Report by Surgeon-Captain Childe, I.M.S. - Part II
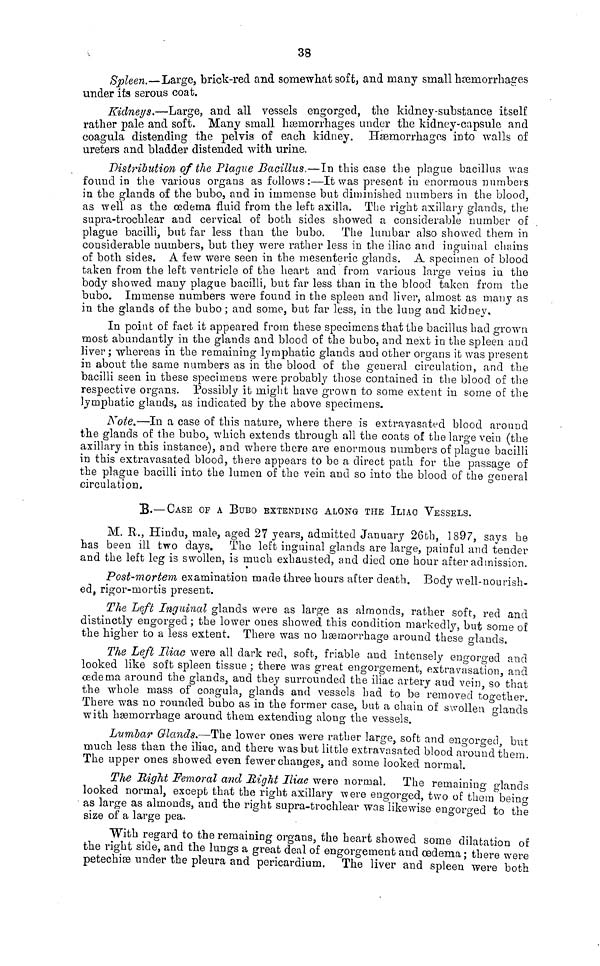
38
Spleen.—Large, brick-red and somewhat soft, and many small haemorrhages
under its serous coat.
Kidneys.—Large, and all vessels engorged, the kidney-substance itself
rather pale and soft. Many small haemorrhages under the kidney-capsule and
coagula distending the pelvis of each kidney. Haemorrhages into walls of
ureters and bladder distended with urine.
Distribution of the Plague Bacillus.—In this case the plague bacillus was
found in the various organs as follows:—It was present in enormous numbers
in the glands of the bubo, and in immense but diminished numbers in the blood,
as well as the œdema fluid from the left axilla. The right axillary glands, the
supra-trochlear and cervical of both sides showed a considerable number of
plague bacilli, but far less than the bubo. The lumbar also showed them in
considerable numbers, but they were rather less in the iliac and inguinal chains
of both sides. A few were seen in the mesenteric glands. A specimen of blood
taken from the left ventricle of the heart and from various large veins in the
body showed many plague bacilli, but far less than in the blood taken from the
bubo. Immense numbers were found in the spleen and liver, almost as many as
in the glands of the bubo ; and some, but far less, in the lung and kidney.
In point of fact it appeared from these specimens that the bacillus had grown
most abundantly in the glands and blood of the bubo, and next in the spleen and
liver ; whereas in the remaining lymphatic glands and other organs it was present
in about the same numbers as in the blood of the general circulation, and the
bacilli seen in these specimens were probably those contained in the blood of the
respective organs. Possibly it might have grown to some extent in some of the
lymphatic glands, as indicated by the above specimens.
Kote.—In a case of this nature, where there is extravasated blood around
the glands of the bubo, which extends through all the coats of the large vein (the
axillary in this instance), and where there are enormous numbers of plague bacilli
in this extravasated blood, there appears to be a direct path for the passage of
the plague bacilli into the lumen of the vein and so into the blood of the general
circulation,
B.— CASE OF A BUBO EXTENDING ALONG THE ILIAO VESSELS.
M. R., Hindu, male, aged 27 years, admitted January 26th, 1897, says he
has been ill two days. The left inguinal glands are large, painful and tender
and the left leg is swollen, is much exhausted, and died one hour after admission.
Post-mortem examination made three hours after death. Body well-nourish-
ed, rigor-mortis present.
The Left Inguinal glands were as large as almonds, rather soft, red and
distinctly engorged ; the lower ones showed this condition markedly, but some of
the higher to a less extent. There was no haemorrhage around these glands.
The Left Iliac were all dark red, soft, friable and intensely engorged and
looked like soft spleen tissue ; there was great engorgement, extravasation and
oedema around the glands, and they surrounded the iliac artery and vein so that
the whole mass of coagula, glands and vessels had to be removed together.
There was no rounded bubo as in the former case, but a chain of swollen glands
with haemorrhage around them extending along the vessels.
Lumbar Glands.—The lower ones were rather large, soft and engorged, but
much less than the iliac, and there was but little extravasated blood around them.
The upper ones showed even fewer changes, and some looked normal.
The Bight Femoral and Right Iliac were normal. The remaining glands
looked normal, except that the right axillary were engorged, two of them being
as large as almonds, and the right supra-trochlear was likewise engorged to the
size of a large pea.
With regard to the remaining organs, the heart showed some dilatation of
the right side, and the lungs a great deal of engorgement and oedema; there were
petechiœ under the pleura and pericardium. The liver and spleen were both